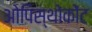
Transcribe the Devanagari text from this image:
ओपिस्थोकोंट